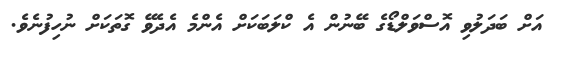
އަށް ބަދަލުވި އޮސްވަލްޑޯގެ ބޭނުން އެ ކްލަބަކަށް އެންމެ އެދެވޭ ގޮތަކަށް ނުހިފުނެވެ.